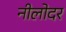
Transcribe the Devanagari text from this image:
नीलोदर